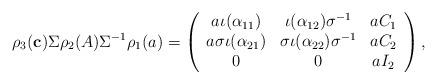
LaTeX: \begin{align*} \rho_3(\mathbf{c}) \Sigma \rho_2(A) \Sigma^{-1} \rho_1(a) = \left( \begin{array}{ccc} a \iota(\alpha_{11}) & \iota(\alpha_{12}) \sigma^{-1} & a C_1 \\a \sigma \iota(\alpha_{21}) & \sigma \iota(\alpha_{22}) \sigma^{-1} & a C_2 \\0 & 0 & a I_2\end{array} \right),\end{align*}